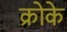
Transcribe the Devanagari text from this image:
क्रोके